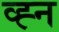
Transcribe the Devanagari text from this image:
व्ह्न